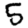
Digit: 5